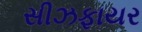
સીઝફાયર